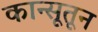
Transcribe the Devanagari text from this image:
कान्सूतून